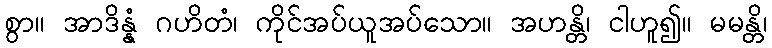
စွာ။ အာဒိန္နံ ဂဟိတံ၊ ကိုင်အပ်ယူအပ်သော။ အဟန္တိ၊ ငါဟူ၍။ မမန္တိ၊